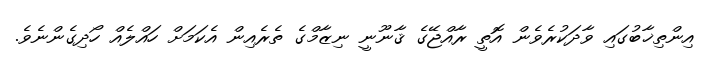
އިންތިޚާބުގައި ވާދަކުރެވެން އޮތީ ރާއްޖޭގެ ޤާނޫނީ ނިޒާމްގެ ތެރެއިން އެކަމަށް ހައްލެއް ހޯދިިގެންނެވެ.